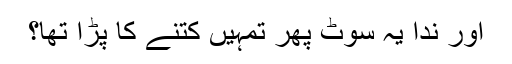
اور ندا یہ سوٹ پھر تمہیں کتنے کا پڑا تھا؟